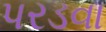
પરડવા